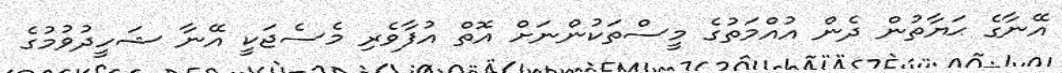
އޭނާގެ ޙަޔާތުން ދެން އުއްމަތުގެ މީސްތަކުންނަށް އޮތް އުފާވެރި މެސެޖަކީ އޭނާ ޝަހީދުވުމުގެ